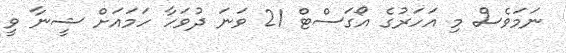
ނަމަވެސް މި އަހަރުގެ އޯގަސްޓް 21 ވަނަ ދުވަހާ ހަމަައަށް ޝީނާ ވީ